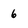
Character: 6